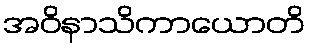
အဝိနာသိကာယောတိ